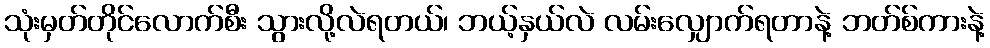
သုံးမှတ်တိုင်လောက်စီး သွားလို့လဲရတယ်၊ ဘယ့်နှယ်လဲ လမ်းလျှောက်ရတာနဲ့ ဘတ်စ်ကားနဲ့